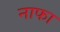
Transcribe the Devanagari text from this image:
नाफा